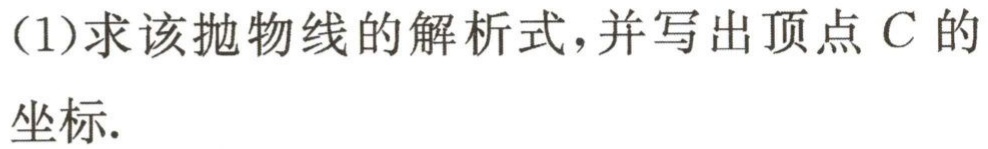
(1)求该抛物线的解析式，并写出顶点\(C\)的坐标.